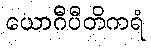
ယောဂီပီတိကရံ